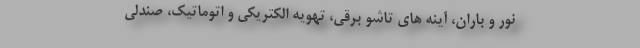
نور و باران، آینه های تاشو برقی، تهویه الکتریکی و اتوماتیک، صندلی